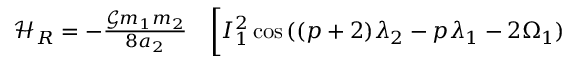
\begin{array} { r l } { \mathcal { H } _ { R } = - \frac { \mathcal { G } m _ { 1 } m _ { 2 } } { 8 a _ { 2 } } } & { { } \bigg [ I _ { 1 } ^ { 2 } \cos { ( ( p + 2 ) \lambda _ { 2 } - p \lambda _ { 1 } - 2 \Omega _ { 1 } ) } } \end{array}